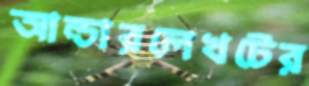
আন্ডারলেখটের